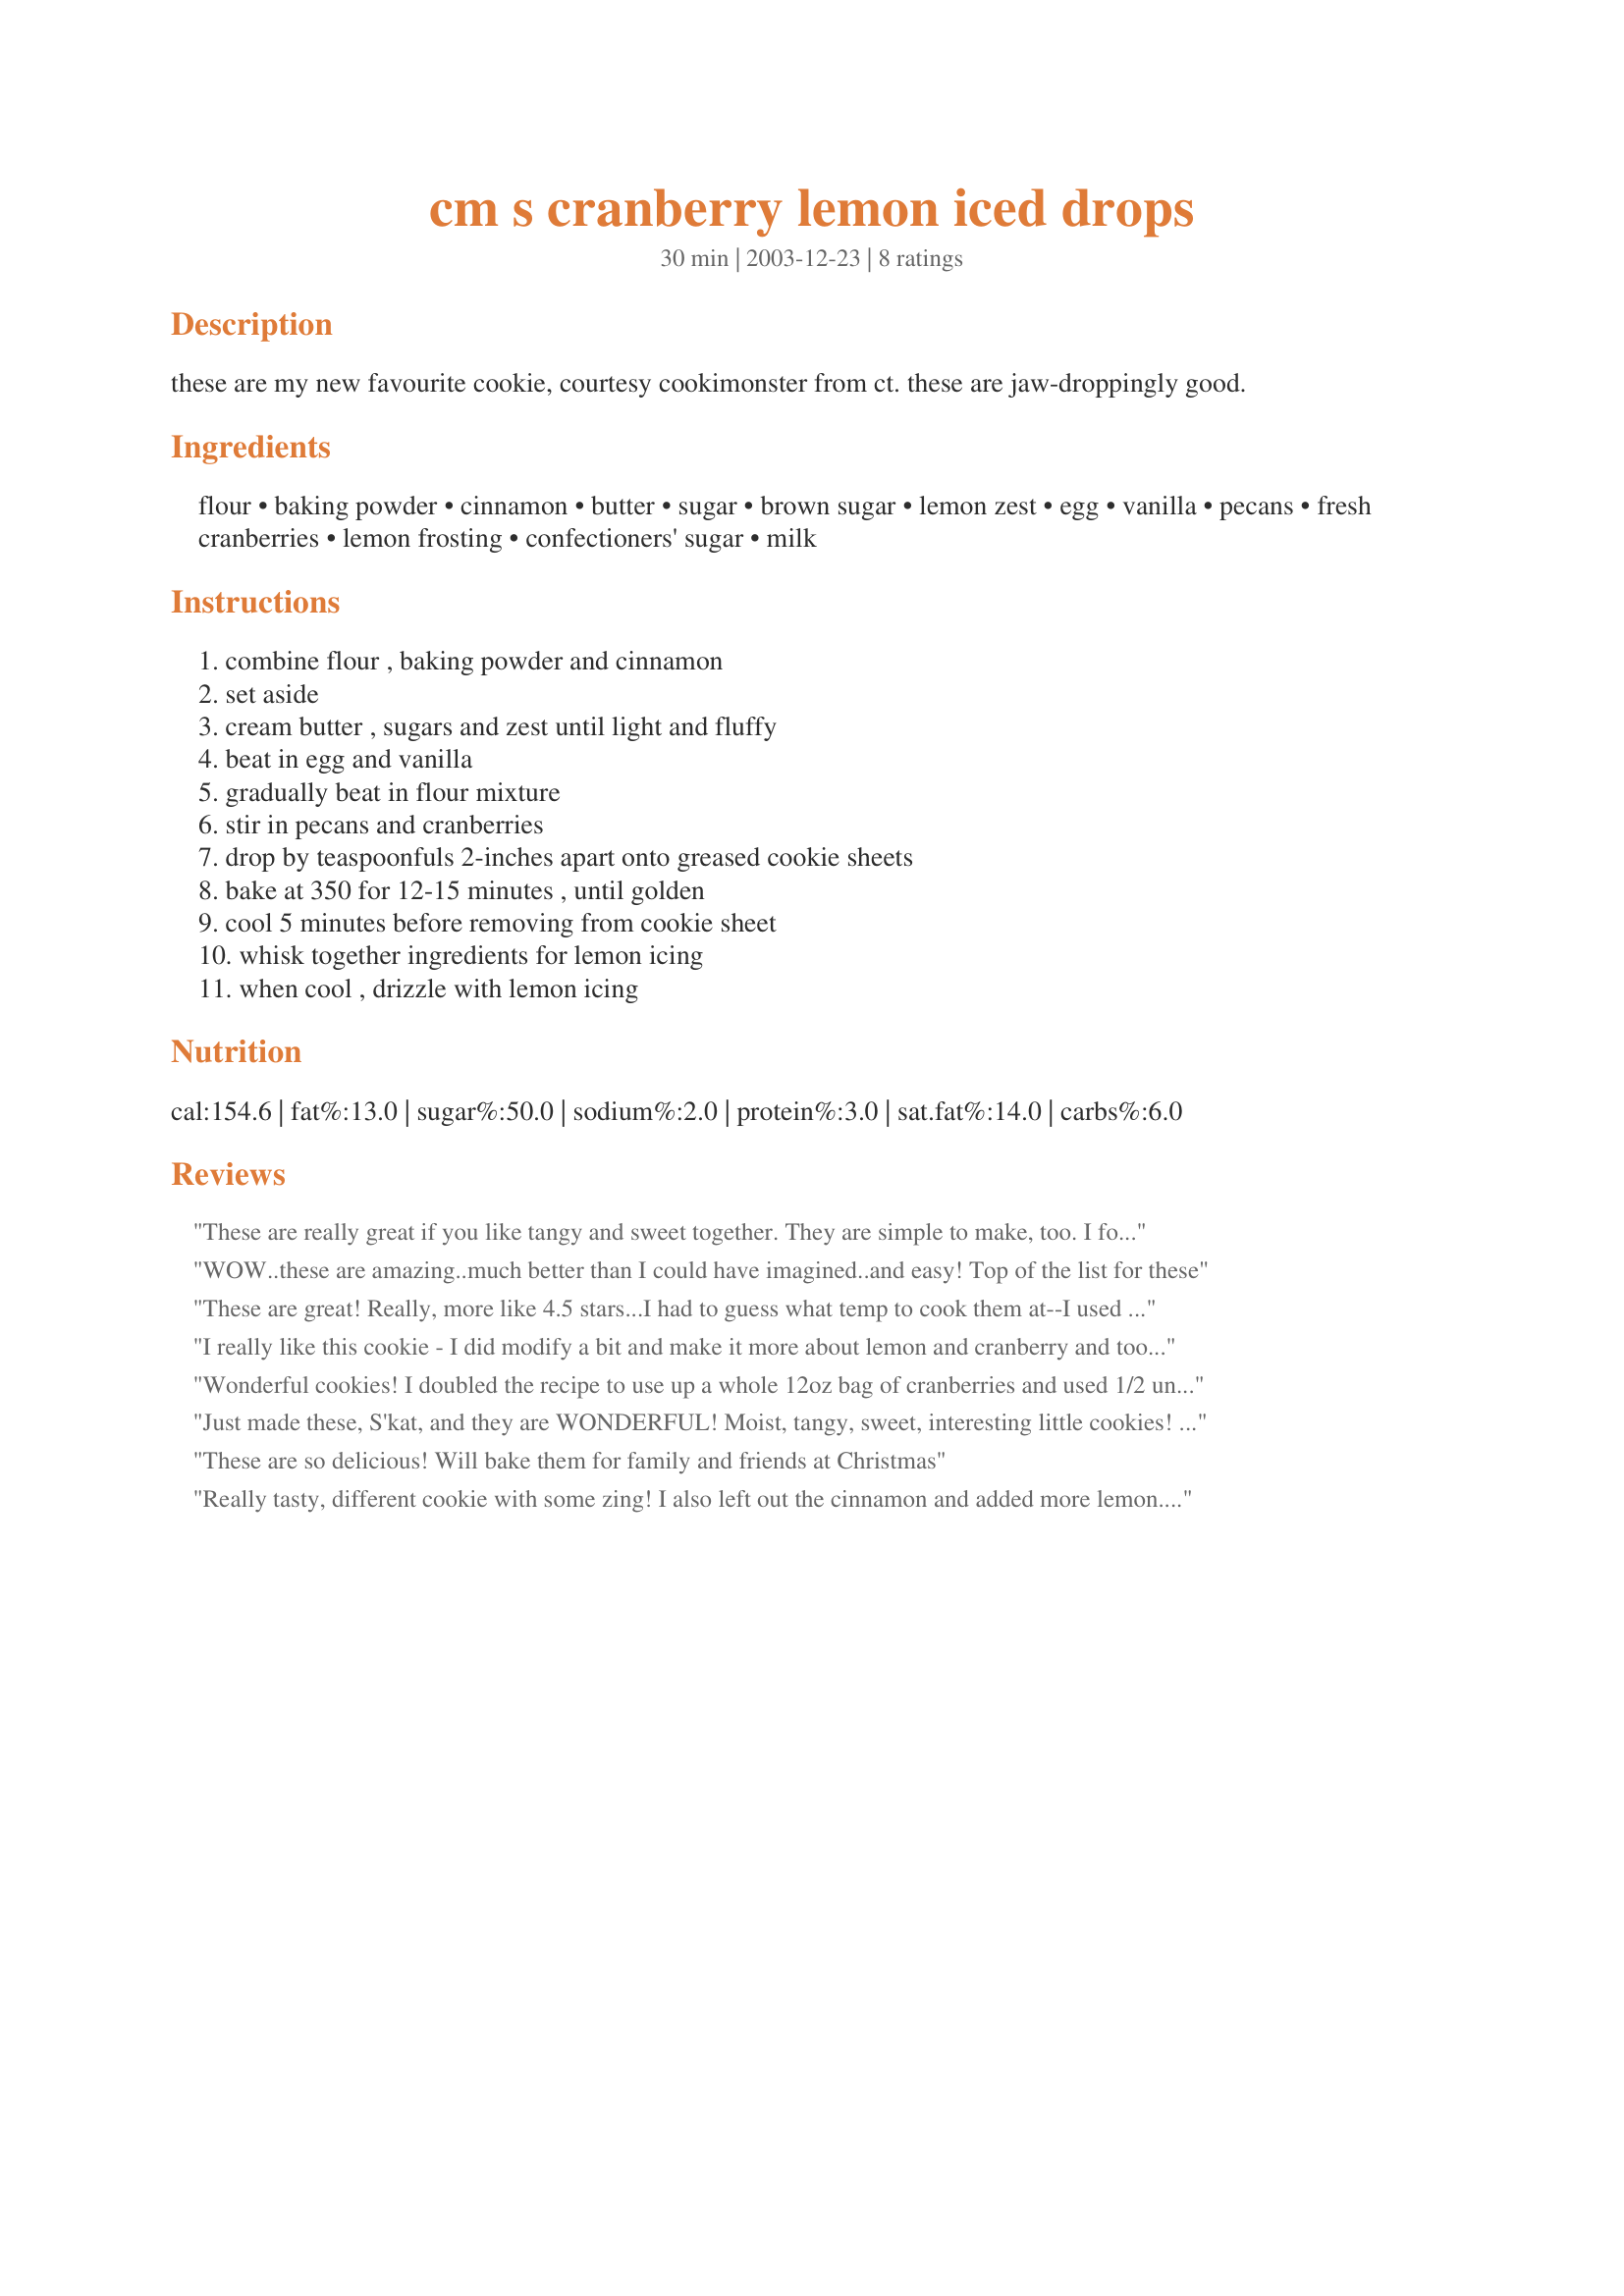
cm s cranberry lemon iced drops
Preparation time: 30 minutes

these are my new favourite cookie, courtesy cookimonster from ct. these are jaw-droppingly good.

Ingredients:
flour, baking powder, cinnamon, butter, sugar, brown sugar, lemon zest, egg, vanilla, pecans, fresh cranberries, lemon frosting, confectioners' sugar, milk

Steps:
combine flour , baking powder and cinnamon, set aside, cream butter , sugars and zest until light and fluffy, beat in egg and vanilla, gradually beat in flour mixture, stir in pecans and cranberries, drop by teaspoonfuls 2-inches apart onto greased cookie sheets, bake at 350 for 12-15 minutes , until golden, cool 5 minutes before removing from cookie sheet, whisk together ingredients for lemon icing, when cool , drizzle with lemon icing

Reviews:
These are really great if you like tangy and sweet together. They are simple to make, too. I followed the recipe as written EXCEPT I added more lemon zest and I even added a little lemon juice to the icing. The cookies came out perfectly. Thanks!!
WOW..these are amazing..much better than I could have imagined..and easy! Top of the list for these
These are great! Really, more like 4.5 stars...I had to guess what temp to cook them at--I used 350 degrees. Also a few more modifications: I used chopped hazelnuts instead of pecans, subbed half of the sugar with Splenda, and dropped by tablespoons onto cookie sheet. These are zippy and good--even with out the icing (I snuck a few before I iced them). THANKS!
I really like this cookie - I did modify a bit and make it more about lemon and cranberry and took out the cinnamon and added zest of 1 whole lemon, 1/2 t of almond extract and juice of 1/2 a lemon and I love the zing. Chopped pecans or some pine nuts for crunch would also be a nice touch....This is one I will come back to again - so quick and tasty.
Wonderful cookies! I doubled the recipe to use up a whole 12oz bag of cranberries and used 1/2 unsalted butter and 1/2 Crisco baking stick (what I had on hand). The only other change I made was to use walnuts instead of pecans because that's what I had on hand. I coarsly chopped half of the cranberries and finely chopped the rest along with the nuts in my food processor. I left some of the cookies un-iced because they are awesome either way and my hubby loved them plain. Using a non-stick cookie sheet, I didn't need to grease the pan. Thanks for sharing this great recipe!
Just made these, S'kat, and they are WONDERFUL! Moist, tangy, sweet, interesting little cookies! DH, who really only likes molasses cookies or oatmeal cookies, loved these. They are adorable, too. Will definitely include these in my Christmas cookie packages!
These are so delicious! Will bake them for family and friends at Christmas
Really tasty, different cookie with some zing! I also left out the cinnamon and added more lemon... orange zest could be nice for change, too.
